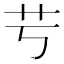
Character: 䒓